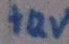
Text: +12V